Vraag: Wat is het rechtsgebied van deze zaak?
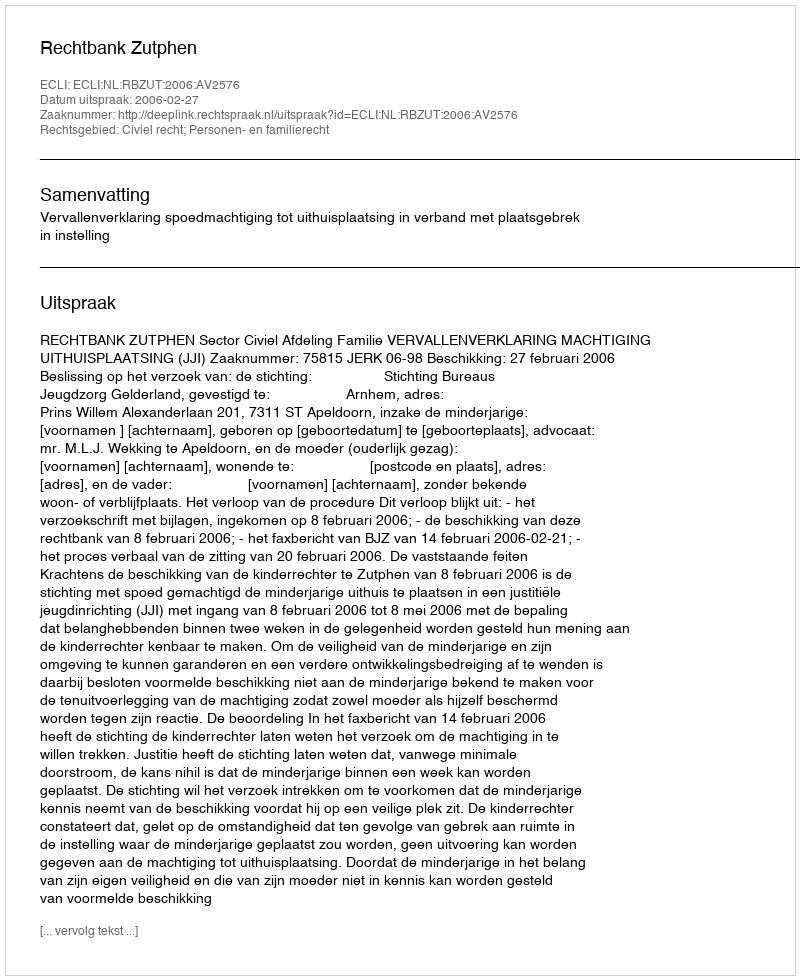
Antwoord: Civiel recht; Personen- en familierecht